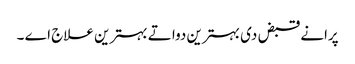
پرانے قبض د‏‏ی بہترین دوا تے بہترین علاج اے ۔